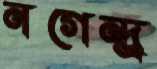
নগেন্দ্র্র